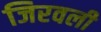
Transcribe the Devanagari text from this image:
जिरवली